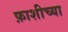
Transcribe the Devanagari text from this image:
फ़ाशीच्या